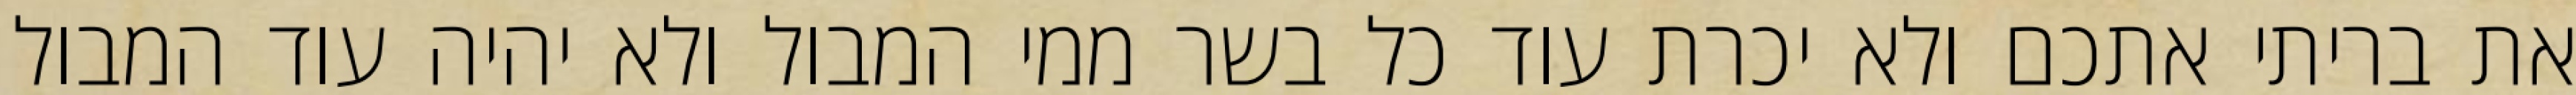
את בריתי אתכם ולא יכרת עוד כל בשר ממי המבול ולא יהיה עוד המבול